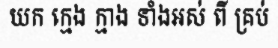
យក ក្មេង ក្មាង ទាំងអស់ ពី គ្រប់